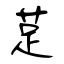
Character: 莡